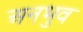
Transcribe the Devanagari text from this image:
अनभुव